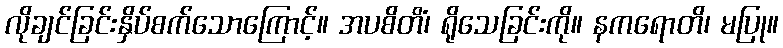
လိုချင်ခြင်းနှိပ်စက်သောကြောင့်။ အပစိတိံ၊ ရိုသေခြင်းကို။ နကရောတိ၊ မပြု။